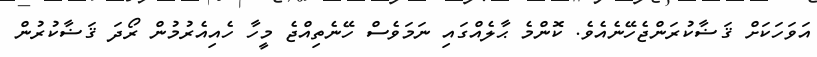
އަވަހަކަށް ޤަޟާކުރަންޖެހޭނެއެވެ. ކޮންމެ ޙާލެއްގައި ނަމަވެސް ހޭނެތިއްޖެ މީހާ ހެއިއެރުމުން ރޯދަ ޤަޟާކުރުން